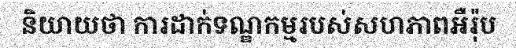
និយាយថា ការដាក់ទណ្ឌកម្មរបស់សហភាពអឺរ៉ុប